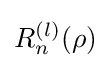
R_{n}^{(l)}(\rho )